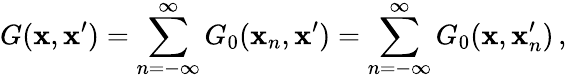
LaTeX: G(\mathbf{x},\mathbf{x}^{\prime})=\sum_{n=-\infty}^{\infty}G_{0}(\mathbf{x}_{n},\mathbf{x}^{\prime})=\sum_{n=-\infty}^{\infty}G_{0}(\mathbf{x},\mathbf{x}_{n}^{\prime})\, ,